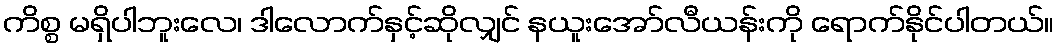
ကိစ္စ မရှိပါဘူးလေ၊ ဒါလောက်နှင့်ဆိုလျှင် နယူးအော်လီယန်းကို ရောက်နိုင်ပါတယ်။